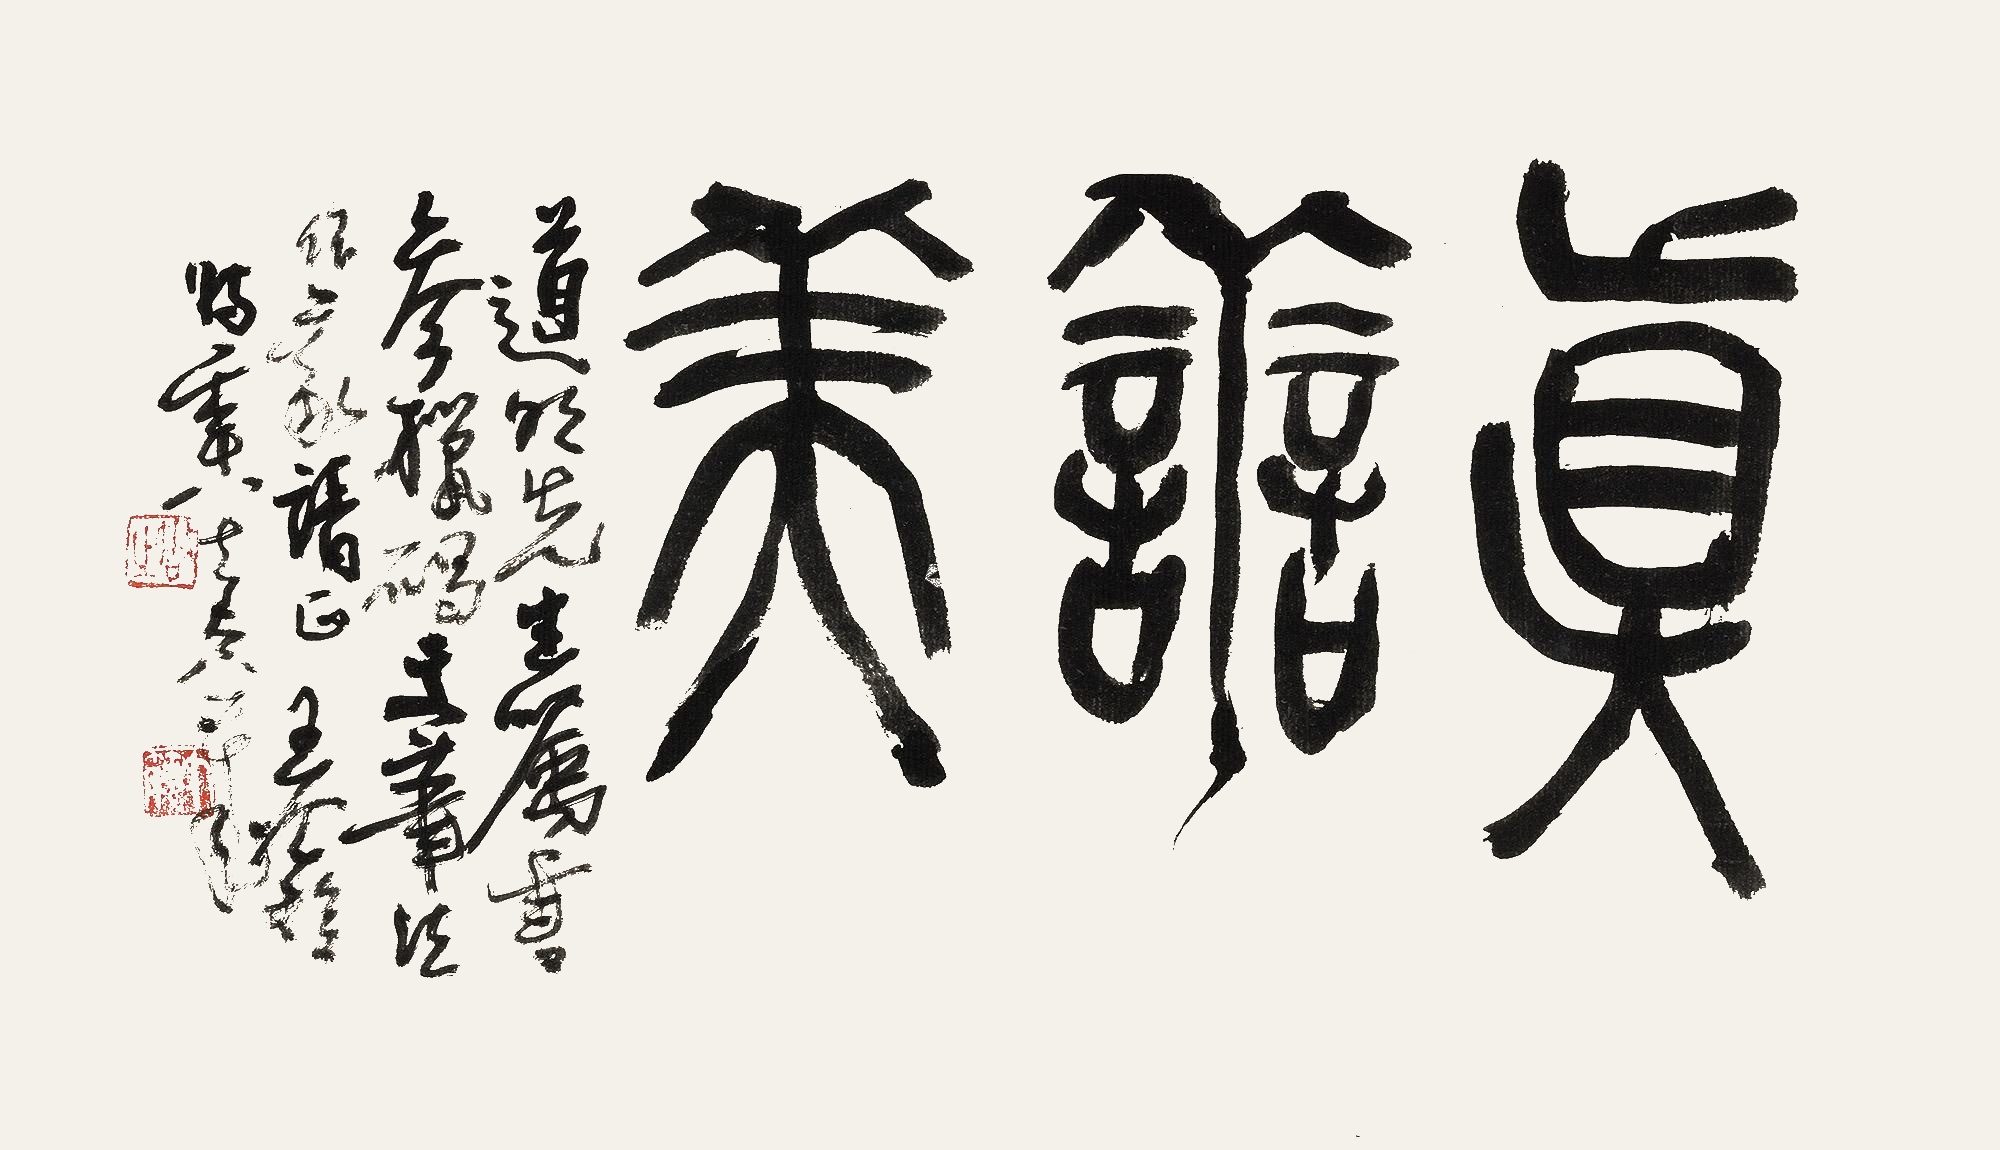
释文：真善美。道明先生嘱书，参猎碣文笔法作篆请正，王个簃时年八十有八岁。